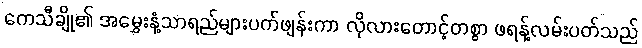
ကေသီချို၏ အမွှေးနံ့သာရည်များပက်ဖျန်းကာ လိုလားတောင့်တစွာ ဖရန့်လမ်းပတ်သည်